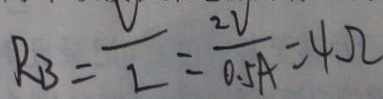
R _ { B } = \frac { V } { L } = \frac { 2 V } { 0 . 5 A } = 4 \Omega